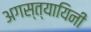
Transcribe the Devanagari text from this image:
अगस्त्यायिनी